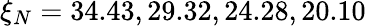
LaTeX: \xi_{N}=34.43,29.32,24.28,20.10